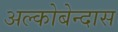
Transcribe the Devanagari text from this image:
अल्कोबेन्दास